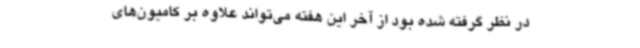
در نظر گرفته شده بود از آخر این هفته می‌تواند علاوه بر کامیون‌های